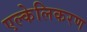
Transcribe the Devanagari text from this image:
एल्केलिकरण